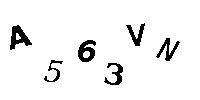
A563VN